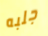
جلبه